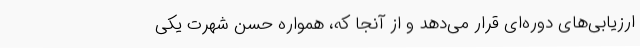
ارزیابی‌های دوره‌ای قرار می‌دهد و از آنجا که، همواره حسن شهرت یکی